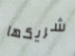
شريكها